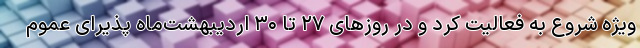
ویژه شروع به فعالیت کرد و در روزهای ۲۷ تا ۳۰ اردیبهشت‌ماه پذیرای عموم